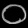
Digit: ၀